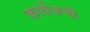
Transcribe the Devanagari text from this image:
कार्थेजची